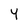
Character: Y